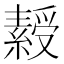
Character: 𬗾